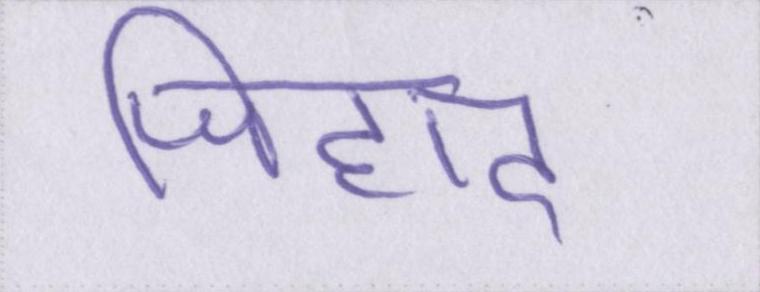
जिहाद